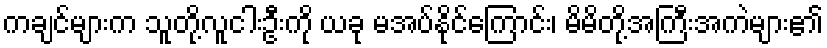
ကချင်များက သူတို့လူငါးဦးကို ယခု မအပ်နိုင်ကြောင်း၊ မိမိတို့အကြီးအကဲများ၏